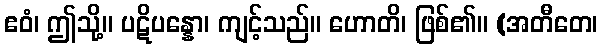
ဧဝံ၊ ဤသို့။ ပဋိပန္နော၊ ကျင့်သည်။ ဟောတိ၊ ဖြစ်၏။ (အတီတေ၊